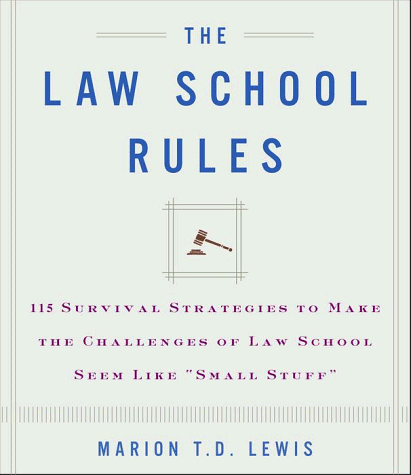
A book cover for The Law School Rules: 115 Survival Strategies to Make the Challenges of Law School Seem Like "Small Stuff"; Marion T.D. Lewis Esq.; Education & Teaching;